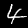
Digit: 4